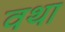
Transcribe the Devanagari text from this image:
वथा